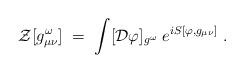
LaTeX: \begin{align*} {\mathcal Z}[g_{\mu\nu}^\omega]\;=\; \int [{\mathcal D} \varphi]_{g^\omega} \; e^{i S[\varphi , g_{\mu\nu}]}\;.\end{align*}